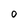
Character: 0